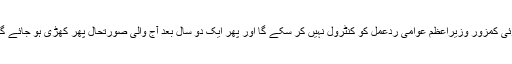
کوئی کمزور وزیراعظم عوامی ردعمل کو کنٹرول نہیں کر سکے گا اور پھر ایک دو سال بعد آج والی صورتحال پھر کھڑی ہو جائے گی۔